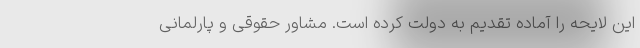
این لایحه را آماده تقدیم به دولت کرده است. مشاور حقوقی و پارلمانی